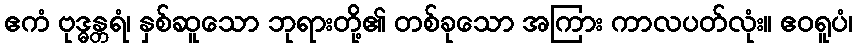
ဧကံ ဗုဒ္ဓန္တရံ၊ နှစ်ဆူသော ဘုရားတို့၏ တစ်ခုသော အကြား ကာလပတ်လုံး။ ဧဝရူပံ၊